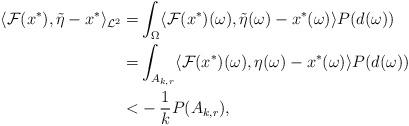
LaTeX: \begin{align*}\langle\mathcal{F}(x^*),\tilde{\eta}-x^*\rangle_{\mathcal{L}^2}=&\int_{\Omega}\langle\mathcal{F}(x^*)(\omega),\tilde{\eta}(\omega)-x^*(\omega)\rangle P(d(\omega)) \\=&\int_{A_{k,r}}\langle\mathcal{F}(x^*)(\omega),\eta(\omega)-x^*(\omega)\rangle P(d(\omega))\\<&-\frac{1}{k}P(A_{k,r}),\end{align*}